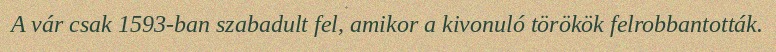
A vár csak 1593-ban szabadult fel, amikor a kivonuló törökök felrobbantották.